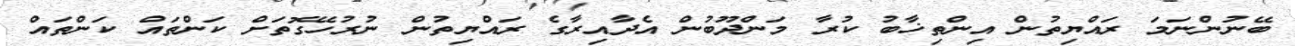
ބޭނުންނަމަ ރައްޔިތުން އިންތިޚާބު ކުރާ މަންދޫބުން އެދާއިރާގެ ރައްޔިތުން ނުރުހޭގޮތަށް ކަންތައް ކަންތައް